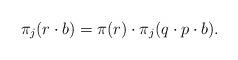
LaTeX: \begin{align*}\pi_j(r\cdot b)=\pi(r)\cdot \pi_j(q\cdot p\cdot b).\end{align*}